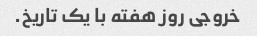
خروجی روز هفته با یک تاریخ.